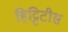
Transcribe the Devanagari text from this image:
हिट्टिटीस